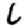
Digit: 6